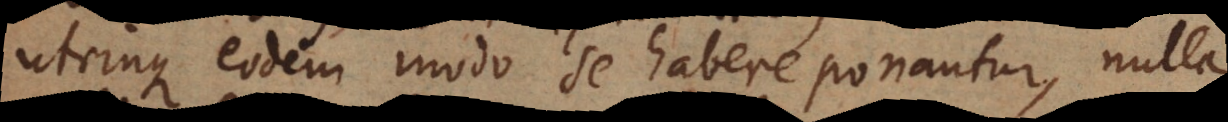
utrinque eodem modo se habere ponantur, nulla